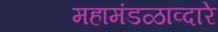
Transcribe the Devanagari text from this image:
महामंडळाव्दारे